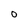
Character: O